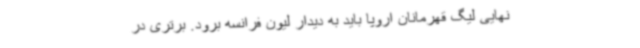
نهایی لیگ قهرمانان اروپا باید به دیدار لیون فرانسه برود. برتری در